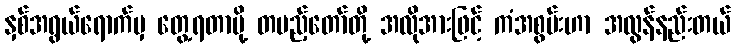
နှစ်အရွယ်ရောက်မှ တွေ့ရတာမို့ တပည့်တော်တို့ အလိုအားဖြင့် ကံအစွမ်းဟာ အလွန်နည်းတယ်